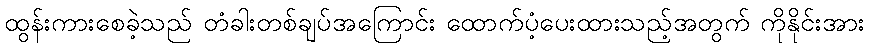
ထွန်းကားစေခဲ့သည် တံခါးတစ်ချပ်အကြောင်း ထောက်ပံ့ပေးထားသည့်အတွက် ကိုနိုင်းအား